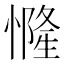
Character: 㦕